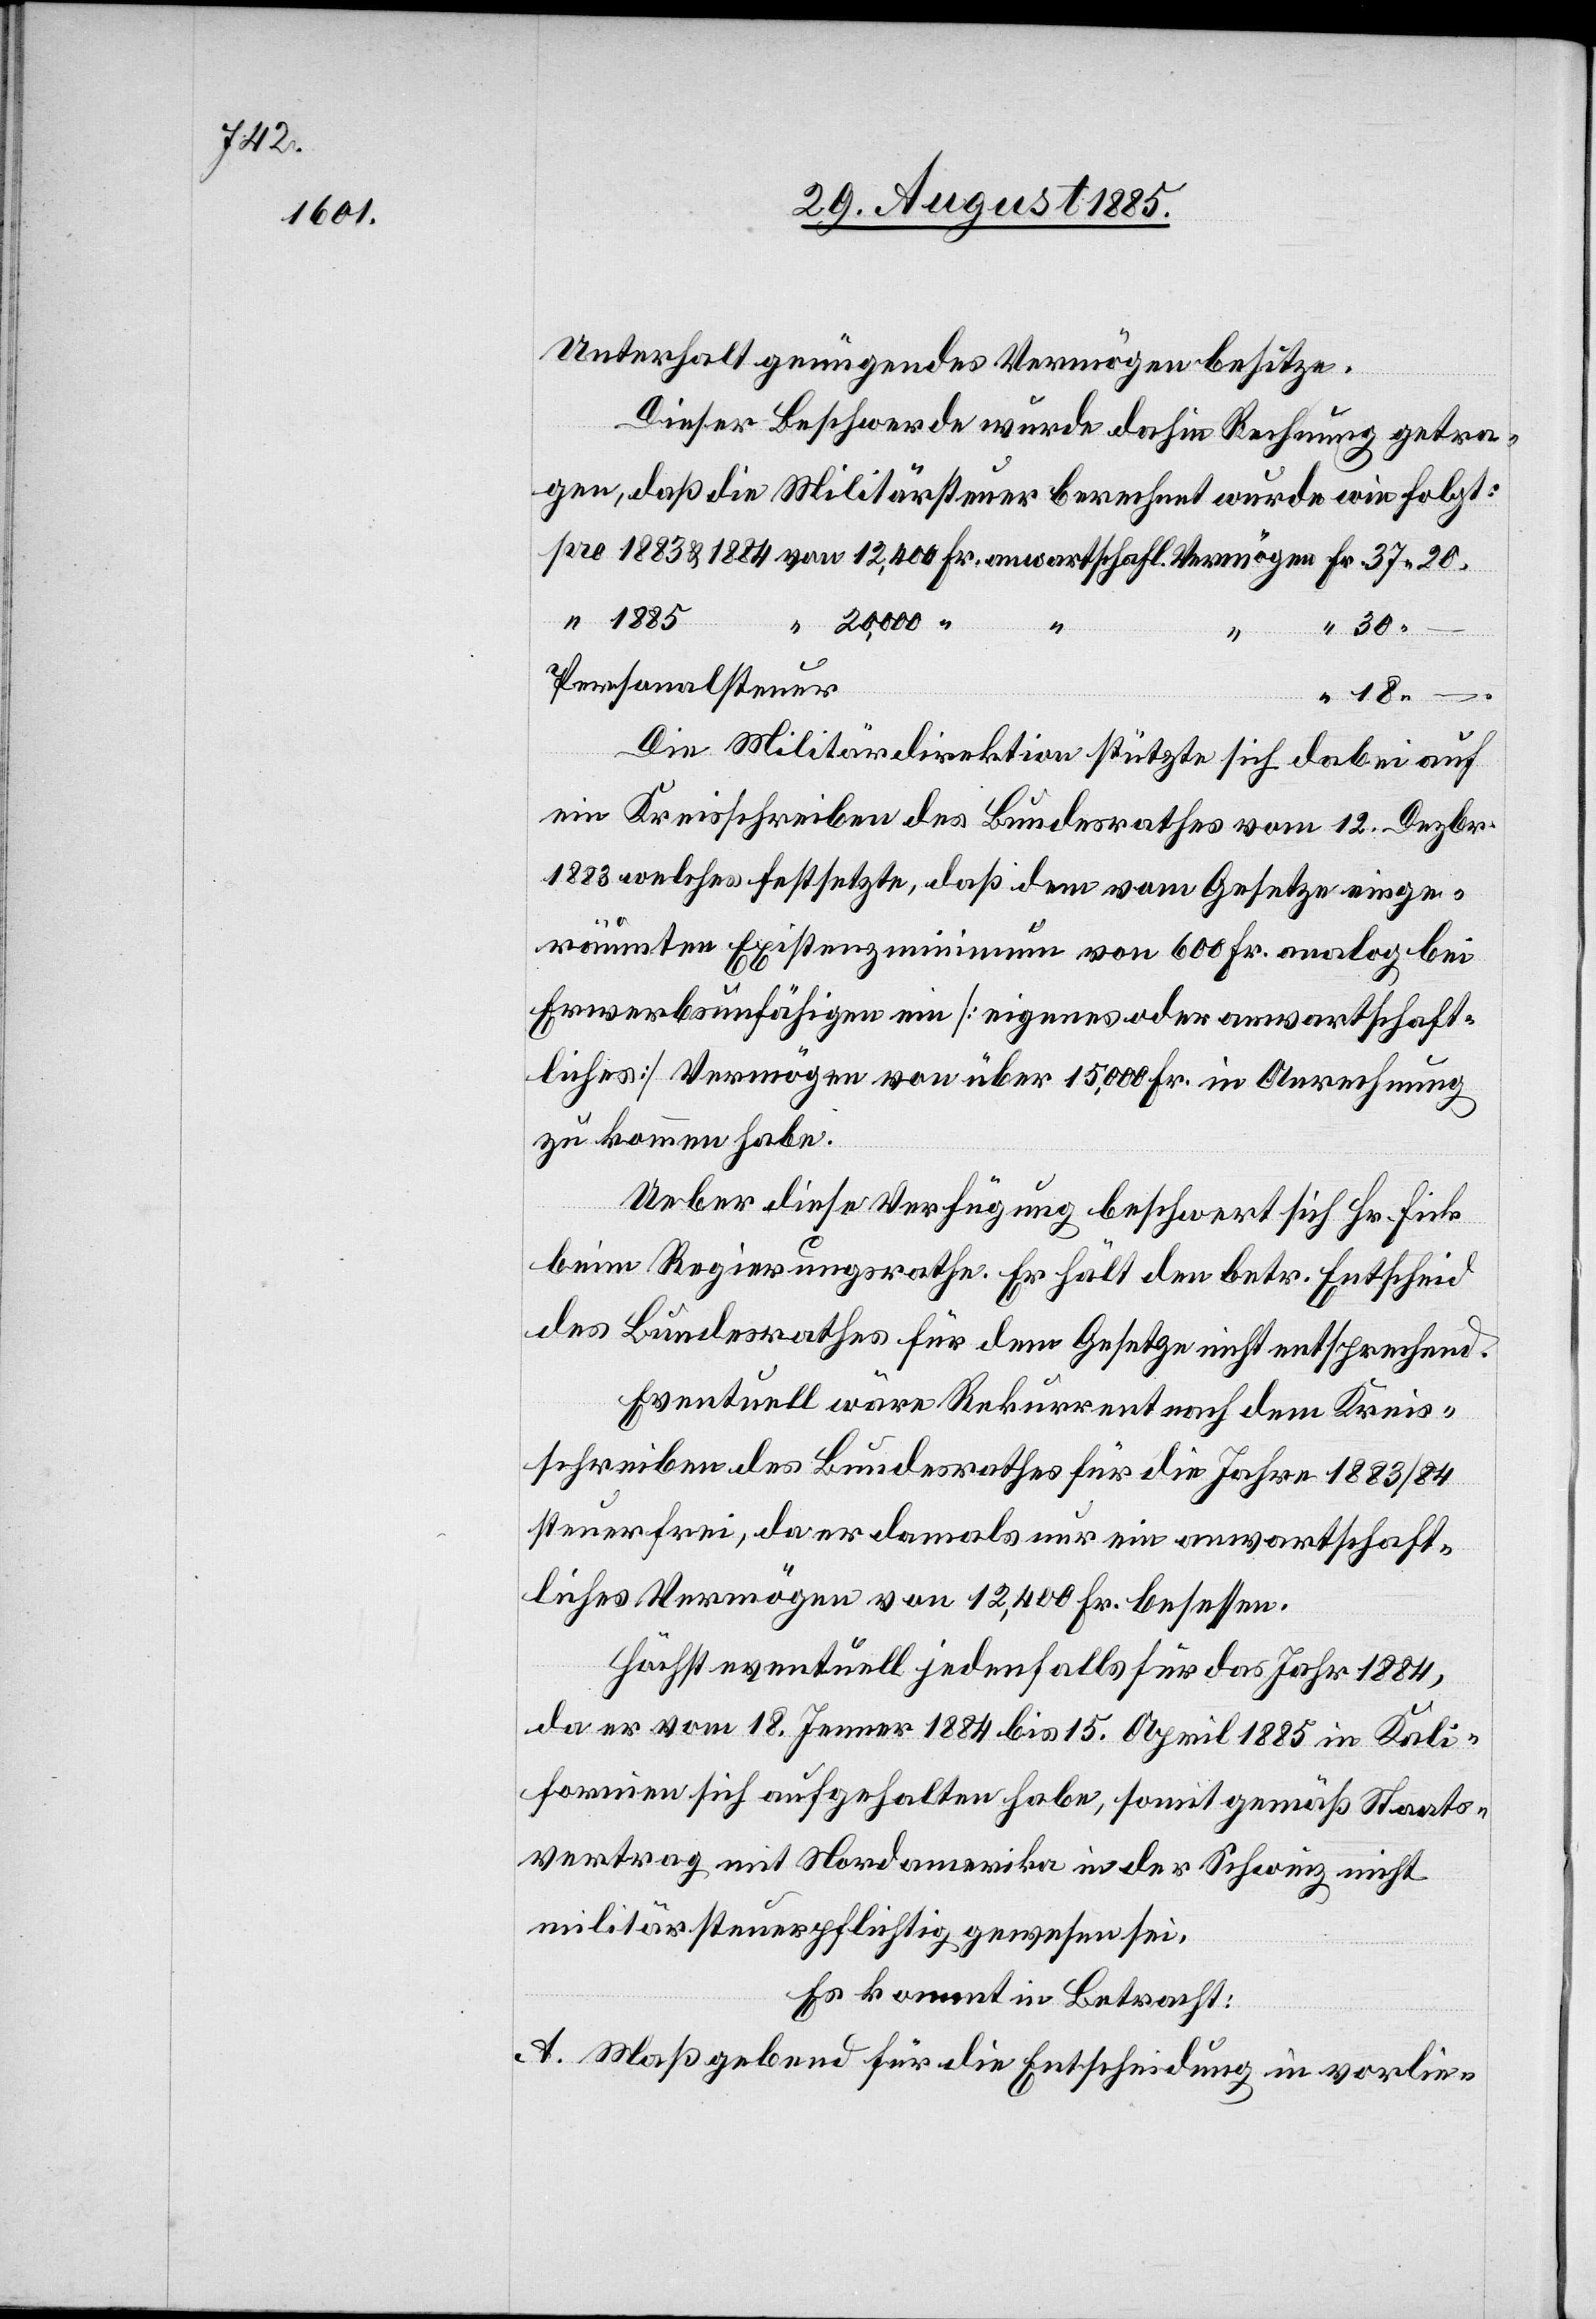
1883
1884

Unterhalt genügendes Vermögen besitze.
Dieser Beschwerde wurde dahin Rechnung getra¬
gen, daß die Militärsteuer berechnet wurde wie folgt:
gewesen sei.
20,000
30 –.
Personalsteuer
18
–.
Die Militärdirektion stützte sich dabei auf
ein Kreisschreiben des Bundesrathes vom 12. Dezbr.
1883 welches festsetzte, daß dem vom Gesetze einge¬
räumten Existenzminimum von 600 Fr. analog bei
Erwerbsunfähigen ein [eigenes oder anwartschaft¬
liches] Vermögen von über 15,000 Fr. in Anrechnung
zu kommen habe.
Ueber diese Verfügung beschwert sich Hr. Fick
beim Regierungsrathe. Er hält den betr. Entscheid
des Bundesrathes für dem Gesetze nicht entsprechend.
Eventuell wäre Rekurrent nach dem Kreis¬
schreiben des Bundesrathes für die Jahre 1883/84
steuerfrei, da er damals nur ein anwartschaft¬
liches Vermögen von 12,400 Fr. besessen.
Höchst eventuell jedenfalls für das Jahr 1884,
da er vom 18. Jenner 1884 bis 15. April 1885 in Kali¬
fornien sich aufgehalten habe, somit gemäß Staats¬
vertrag mit Nordamerika in der Schweiz nicht
Es kommt in Betracht:
A. Maßgebend für die Entscheidung in vorlie-